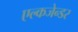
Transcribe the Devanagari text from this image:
एल्कजेन्डर